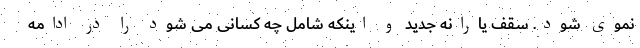
نموی شود. سقف یارانه جدید و اینکه شامل چه کسانی می شود را در ادامه